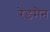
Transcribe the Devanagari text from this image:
रेडमैन